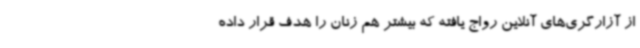
از آزارگری‌های آنلاین رواج یافته که بیشتر هم زنان را هدف قرار داده